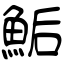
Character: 鮜